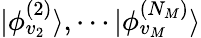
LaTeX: |\phi_{v_{2}}^{(2)}\rangle,\cdots|\phi_{v_{M}}^{(N_{M})}\rangle